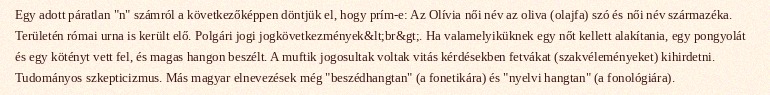
Egy adott páratlan "n" számról a következőképpen döntjük el, hogy prím-e: Az Olívia női név az oliva (olajfa) szó és női név származéka. Területén római urna is került elő. Polgári jogi jogkövetkezmények&lt;br&gt;. Ha valamelyiküknek egy nőt kellett alakítania, egy pongyolát és egy kötényt vett fel, és magas hangon beszélt. A muftik jogosultak voltak vitás kérdésekben fetvákat (szakvéleményeket) kihirdetni. Tudományos szkepticizmus. Más magyar elnevezések még "beszédhangtan" (a fonetikára) és "nyelvi hangtan" (a fonológiára).